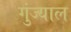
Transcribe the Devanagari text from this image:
गुंज्याल